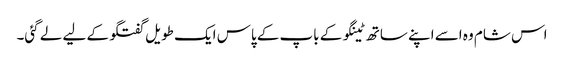
اس شام وہ اسے اپنے ساتھ ٹینگو کے باپ کے پاس ایک طویل گفتگو کے لیے لے گئی۔